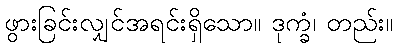
ဖွားခြင်းလျှင်အရင်းရှိသော။ ဒုက္ခံ၊ တည်း။